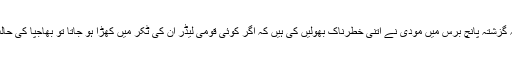
اس بات میں کوئی شک نہیں کہ گزشتہ پانچ برس میں مودی نے اتنی خطرناک بھولیں کی ہیں کہ اگر کوئی قومی لیڈر ان کی ٹکر میں کھڑا ہو جاتا تو بھاجپا کی حالت کانگریس جیسی ہو جانا تھی۔